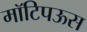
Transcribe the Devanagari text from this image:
मॉटिपऊस